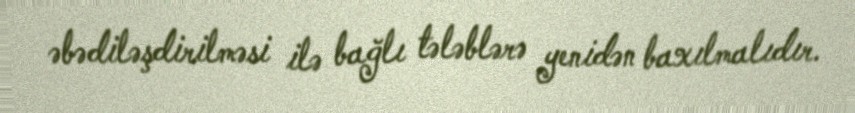
əbədiləşdirilməsi ilə bağlı tələblərə yenidən baxılmalıdır.